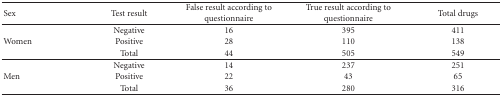
<table><thead><tr><td><b>Sex</b></td><td><b>Test result</b></td><td><b>False result according to questionnaire</b></td><td><b>True result according to questionnaire</b></td><td><b>Total drugs</b></td></tr></thead><tbody><tr><td rowspan="3">Women</td><td>Negative</td><td>16</td><td>395</td><td>411</td></tr><tr><td>Positive</td><td>28</td><td>110</td><td>138</td></tr><tr><td>Total</td><td>44</td><td>505</td><td>549</td></tr><tr><td rowspan="3">Men</td><td>Negative</td><td>14</td><td>237</td><td>251</td></tr><tr><td>Positive</td><td>22</td><td>43</td><td>65</td></tr><tr><td>Total</td><td>36</td><td>280</td><td>316</td></tr></tbody></table>